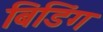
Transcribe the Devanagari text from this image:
बिडिंग